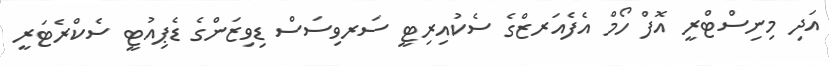
އަދި މިނިސްޓްރީ އޮފް ހޯމް އެފެއަރޒްގެ ސެކުއިރިޓީ ސަރވިސަސް ޑިވިޒަންގެ ޑެޕިއުޓީ ސެކްރެޓަރީ